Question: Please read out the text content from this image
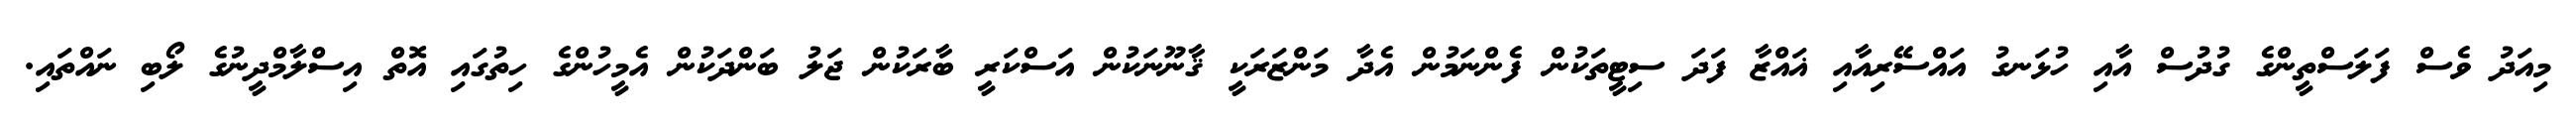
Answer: މިއަދު ވެސް ފަލަސްތީންގެ ގުދުސް އާއި ހުޅަނގު އައްސޭރިއާއި ޣައްޒާ ފަދަ ސިޓީތަކުން ފެންނަމުން އެދާ މަންޒަރަކީ ޤާނޫނަކުން އަސްކަރީ ބާރަކުން ޖަލު ބަންދަކުން އެމީހުންގެ ހިތުގައި އޮތް އިސްލާމްދީނުގެ ލޯބި ނައްތައި.